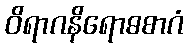
ဝိရာဂနိရောဓစာဂံ